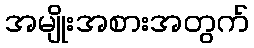
အမျိုးအစားအတွက်